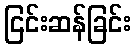
ငြင်းဆန်ခြင်း